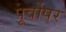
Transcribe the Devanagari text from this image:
पूर्वोपर